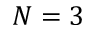
N = 3